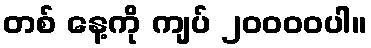
တစ် နေ့ကို ကျပ် ၂၀၀၀၀ပါ။